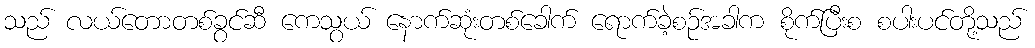
သည် လယ်တောတစ်ခွင်ဆီ ကေသွယ် နောက်ဆုံးတစ်ခေါက် ရောက်ခဲ့စဉ်အခါက စိုက်ပြီးစ စပါးပင်တို့သည်